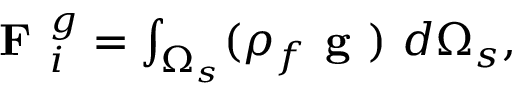
\begin{array} { r } { \textbf { F } _ { i } ^ { g } = \int _ { \Omega _ { s } } ( \rho _ { f } \textbf { g } ) ~ d \Omega _ { s } , } \end{array}